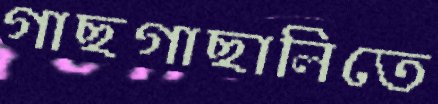
গাছগাছালিতে